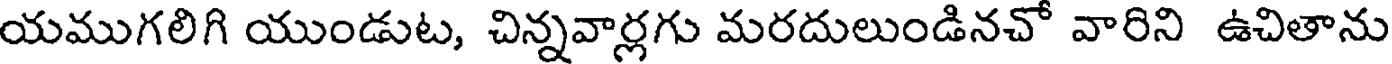
యముగలిగి యుండుట, చిన్నవార్లగు మరదులుండినచో వారిని ఉచితాను